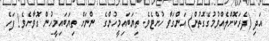
އަދި (ދެރަކޮށްލެއްވުމުގެގޮތުން) އަންގަވާ ހުށްޓެވެ. ތިޔަބައިމީހުންގެ  ންނަށް ތިޔަބައިމީހުން ގޮވާށެވެ! ފަހެ